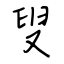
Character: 叟